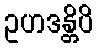
ဥဟဒန္တိပိ